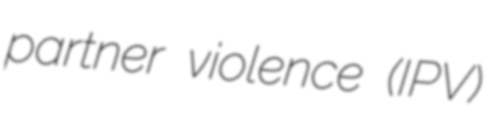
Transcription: partner violence (IPV)